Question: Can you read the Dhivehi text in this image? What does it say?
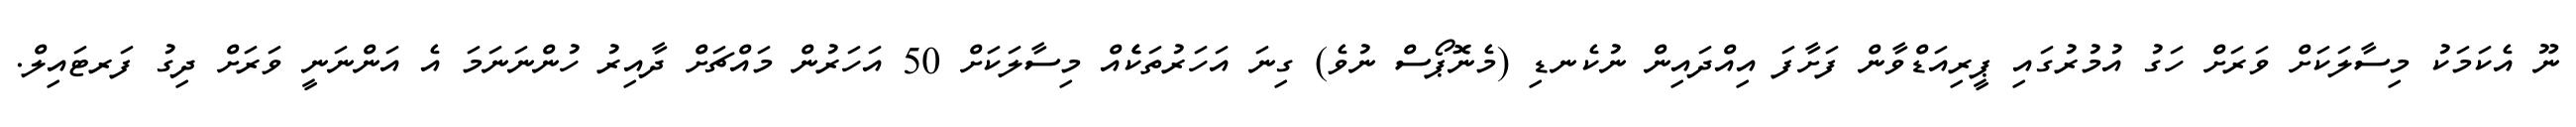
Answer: ނޫ އެކަމަކު މިސާލަކަށް ވަރަށް ހަގު އުމުރުގައި ޕީރިއަޑްވާން ފަށާފަ އިއްދައިން ނުކެނޑި (މެނޮޕޯސް ނުވެ) ގިނަ އަހަރުތަކެެއް މިސާލަކަށް 50 އަހަރުން މައްޗަށް ދާއިރު ހުންނަނަމަ އެ އަންނަނީ ވަރަށް ދިގު ފަރޓައިލް.